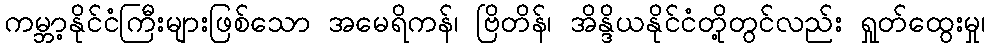
ကမ္ဘာ့နိုင်ငံကြီးများဖြစ်သော အမေရိကန်၊ ဗြိတိန်၊ အိန္ဒိယနိုင်ငံတို့တွင်လည်း ရှုတ်ထွေးမှု၊